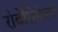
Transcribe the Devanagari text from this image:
रोबेंसिफेलों